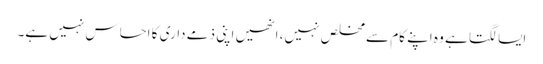
ایسا لگتا ہے وہ اپنے کام سے مخلص نہیں، انھیں اپنی ذمے داری کا احساس نہیں ہے۔